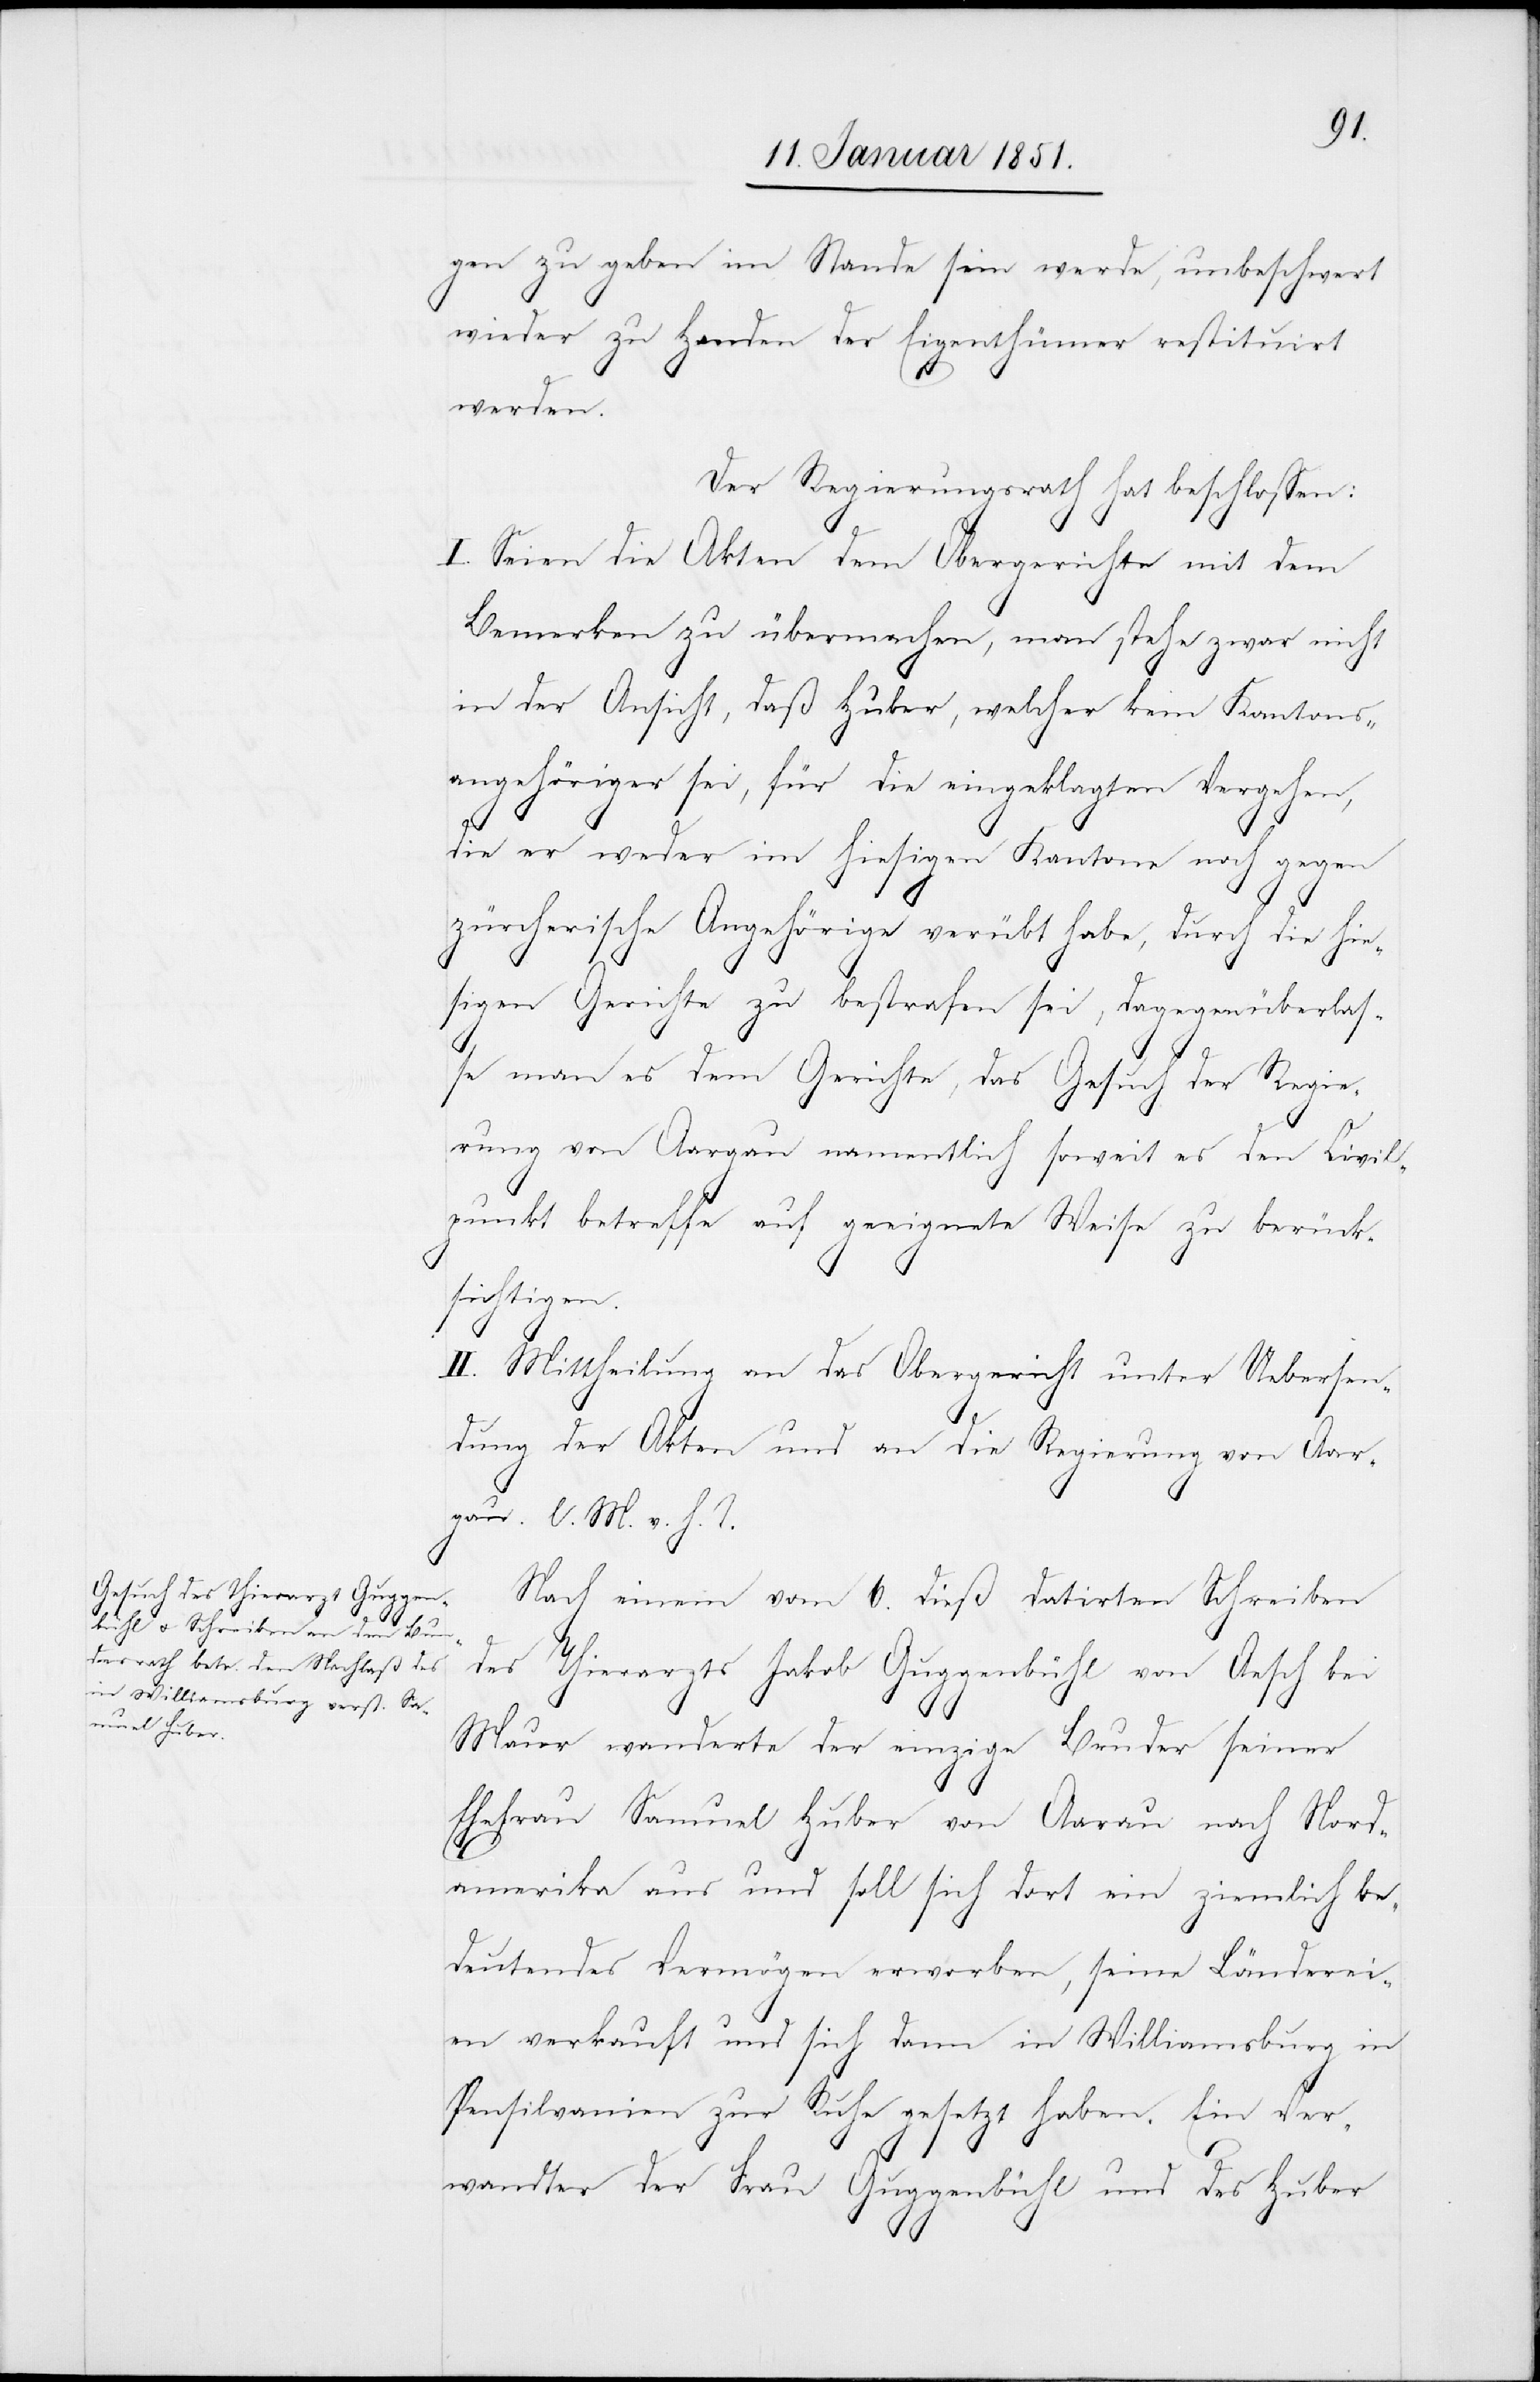
gen zu geben im Stande sein werde, unbeschwert
wieder zu Handen der Eigenthümer restituirt
werden.
Der Regierungsrath hat beschlossen:
I. Seien die Akten dem Obergerichte mit dem
Bemerken zu übermachen, man stehe zwar nicht
in der Ansicht, daß Huber, welcher kein Kantons¬
angehöriger sei, für die eingeklagten Vergehen,
die er weder im hiesigen Kantone noch gegen
zürcherische Angehörige verübt habe, durch die hie¬
sigen Gerichte zu bestrafen sei, dagegen überlas¬
se man es dem Gerichte, das Gesuch der Regie¬
rung von Aargau namentlich soweit es den Civil¬
punkt betreffe auf geeignete Weise zu berück¬
sichtigen.
II. Mittheilung an das Obergericht unter Uebersen¬
dung der Akten und an die Regierung von Aar¬
gau. l. M. v. h. T.
Nach einem vom 6. dieß datirten Schreiben
des Thierarzts Jakob Guggenbühl von Aesch bei
Maur wanderte der einzige Bruder seiner
Ehefrau Samuel Huber von Aarau nach Nord¬
amerika aus und soll sich dort ein ziemlich be¬
deutendes Vermögen erworben, seine Länderei¬
en verkauft und sich dann in Williamsburg in
Pensilvanien zur Ruhe gesetzt haben. Ein Ver¬
wandter der Frau Guggenbühl und des Huber